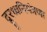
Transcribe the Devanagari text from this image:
दूरध्वनियंत्रणा